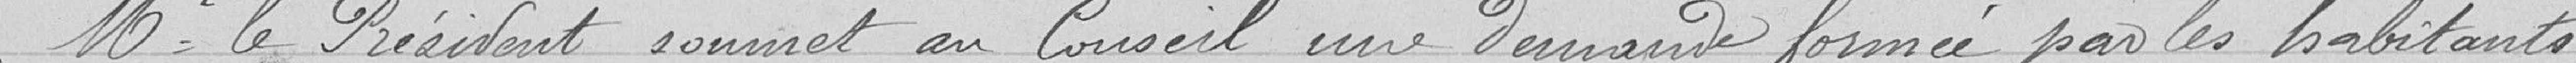
Monsieur le Président soumet au Conseil une demande formée par les habitants